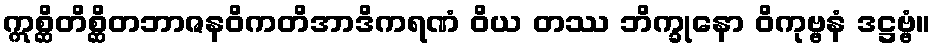
ဣစ္ဆိတိစ္ဆိတဘာဇနဝိကတိအာဒိကရဏံ ဝိယ တဿ ဘိက္ခုနော ဝိကုဗ္ဗနံ ဒဋ္ဌဗ္ဗံ။